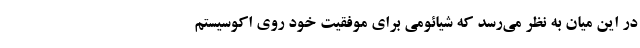
در این میان به نظر می‌رسد که شیائومی برای موفقیت خود روی اکوسیستم